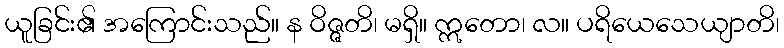
ယူခြင်း၏ အကြောင်းသည်။ န ဝိဇ္ဇတိ၊ မရှိ။ ဣတော၊ လ။ ပရိယေသေယျာတိ၊